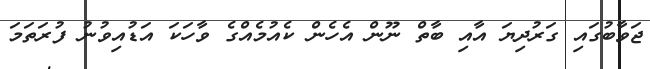
ޖަވާބުގައި ގަރުދިޔަ އާއި ބާތް ނޫން އެހެން ކެއުމެއްގެ ވާހަކަ އަޑުއިވުނު ފުރަތަމަ